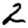
Digit: 2